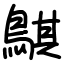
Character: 鶀